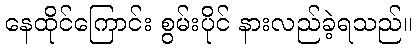
နေထိုင်ကြောင်း စွမ်းပိုင် နားလည်ခဲ့ရသည်။